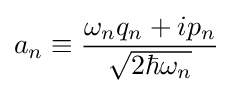
a_{n}\equiv {\frac {\omega _{n}q_{n}+ip_{n}}{\sqrt {2\hbar \omega _{n}}}}